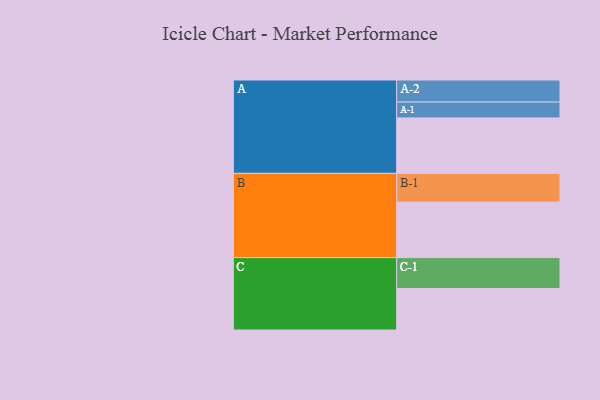
{"axis": {"x": "Segment", "y": "Value"}, "legend": ["", "A", "B", "C"], "data": [{"x": "A", "y": 405, "type": ""}, {"x": "B", "y": 405, "type": ""}, {"x": "C", "y": 303, "type": ""}, {"x": "A-1", "y": 116, "type": "A"}, {"x": "A-2", "y": 161, "type": "A"}, {"x": "B-1", "y": 210, "type": "B"}, {"x": "C-1", "y": 226, "type": "C"}]}